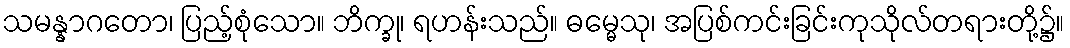
သမန္နာဂတော၊ ပြည့်စုံသော။ ဘိက္ခု၊ ရဟန်းသည်။ ဓမ္မေသု၊ အပြစ်ကင်းခြင်းကုသိုလ်တရားတို့၌။